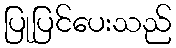
ပြုပြင်ပေးသည်